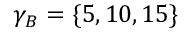
\gamma _ { B } = \{ 5 , 1 0 , 1 5 \}